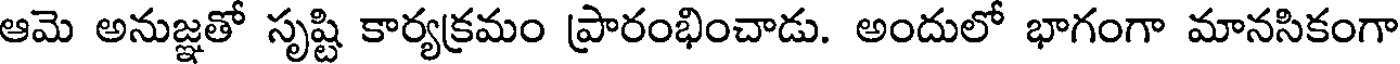
ఆమె అనుజ్ఞతో సృష్టి కార్యక్రమం ప్రారంభించాడు. అందులో భాగంగా మానసికంగా